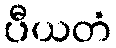
ပီယတံ